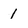
Character: 1